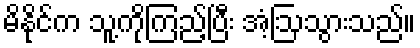
မိနိုင်က သူ့ကိုကြည့်ပြီး အံ့ဩသွားသည်။